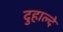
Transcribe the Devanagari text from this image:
दुहाल्दे